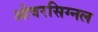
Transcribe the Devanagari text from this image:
ओवरसिग्नल